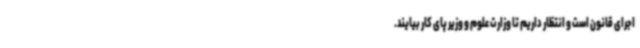
اجرای قانون است و انتظار داریم تا وزارت علوم و وزیر پای کار بیایند.